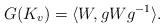
LaTeX: \begin{align*}G(K_v) = \langle W , gWg^{-1} \rangle.\end{align*}